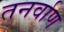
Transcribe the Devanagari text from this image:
तनर्वाण